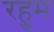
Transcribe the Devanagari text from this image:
रहुम